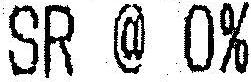
SR @ 0%